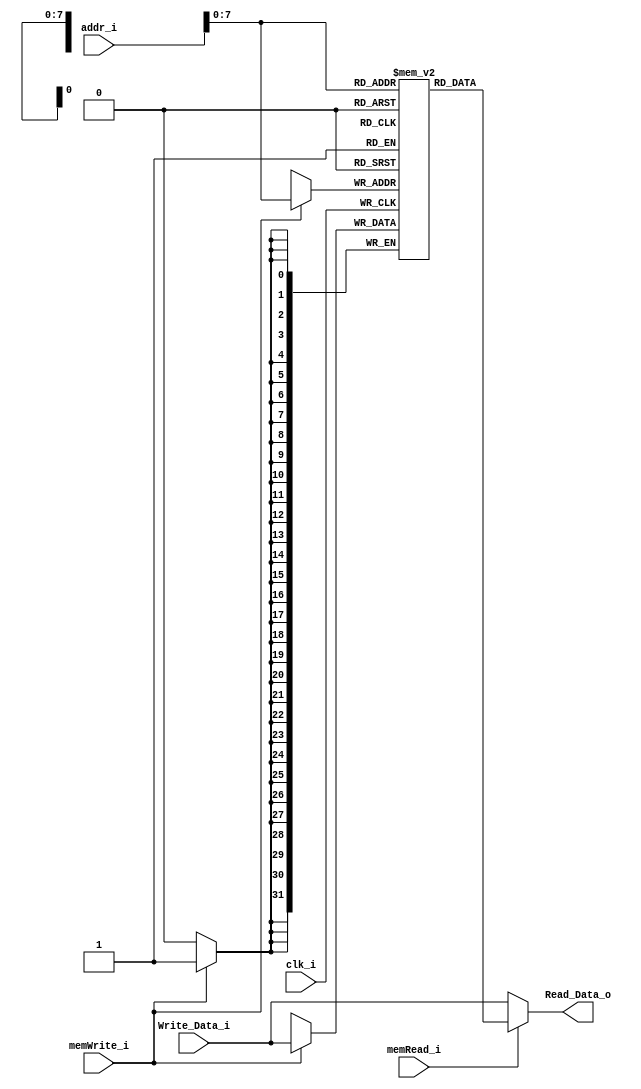
module Data_Memory
(
    input wire          clk_i,
    input wire	[31:0]  addr_i,
    input wire          memRead_i,
    input wire          memWrite_i,
    input wire 	[31:0]  Write_Data_i,
    output wire	[31:0]  Read_Data_o
);

// Memories
reg [31:0] memory [0:255];

always @(posedge clk_i) begin
	if( memWrite_i ) begin
        memory[addr_i] <= Write_Data_i;
	end
end

assign Read_Data_o = memRead_i ? memory[addr_i][31:0]: Write_Data_i;

endmodule